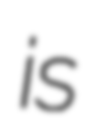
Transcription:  is